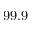
9 9 . 9